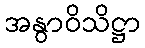
အနွာဝိသိဋ္ဌာ